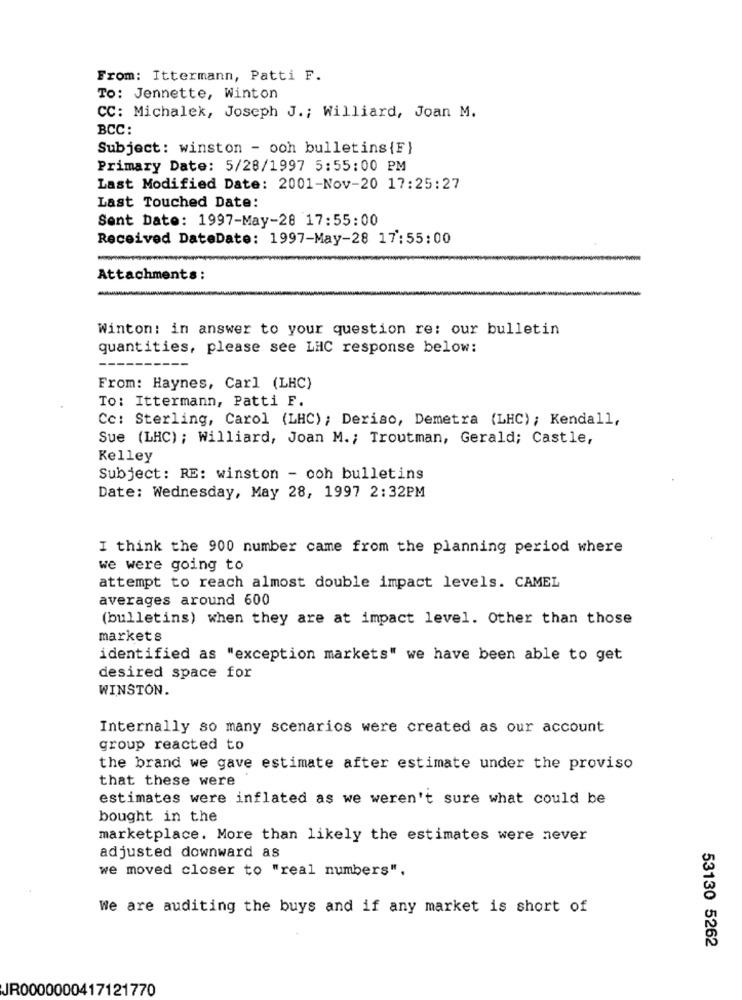
From: Ittermann, Patti F.
To: Jennette, Winton
CC: Michalek, Joseph J .; Williard, Joan M.
BCC:
Subject: winston - och bulletins{F}
Primary Date: 5/28/1997 5:55:00 PM
Last Modified Date: 2001-Nov-20 17:25:27
Last Touched Date:
Sent Date: 1997-May-28 17:55:00
Received DateDate: 1997-May-28 17:55:00
Attachments:
Winton: in answer to your question re: our bulletin
quantities, please see LHC response below:
From: Haynes, Carl (LHC)
To: Ittermann, Patti F.
Cc: Sterling, Carol (LHC) ; Deriso, Demetra (LHC); Kendall,
Sue (LHC) ; Williard, Joan M .; Troutman, Gerald; Castle,
Kelley
Subject: RE: winston - och bulletins
Date: Wednesday, May 28, 1997 2:32PM
I think the 900 number came from the planning period where
we were going to
attempt to reach almost double impact levels. CAMEL
averages around 600
(bulletins) when they are at impact level. Other than those
markets
identified as "exception markets" we have been able to get
desired space for
WINSTON.
Internally so many scenarios were created as our account
group reacted to
the brand we gave estimate after estimate under the proviso
that these were
estimates were inflated as we weren't sure what could be
bought in the
marketplace. More than likely the estimates were never
adjusted downward as
we moved closer to "real numbers".
We are auditing the buys and if any market is short of
53130 5262
JR0000000417121770